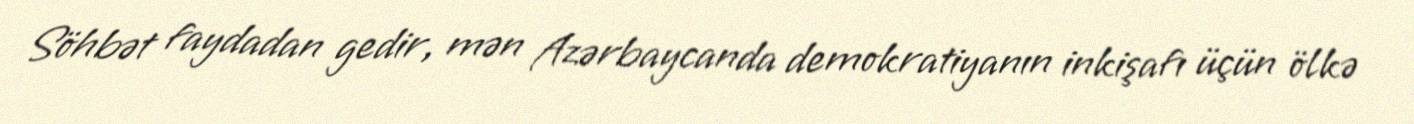
Söhbət faydadan gedir, mən Azərbaycanda demokratiyanın inkişafı üçün ölkə